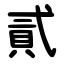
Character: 貳